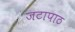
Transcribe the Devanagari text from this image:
जटापाठ